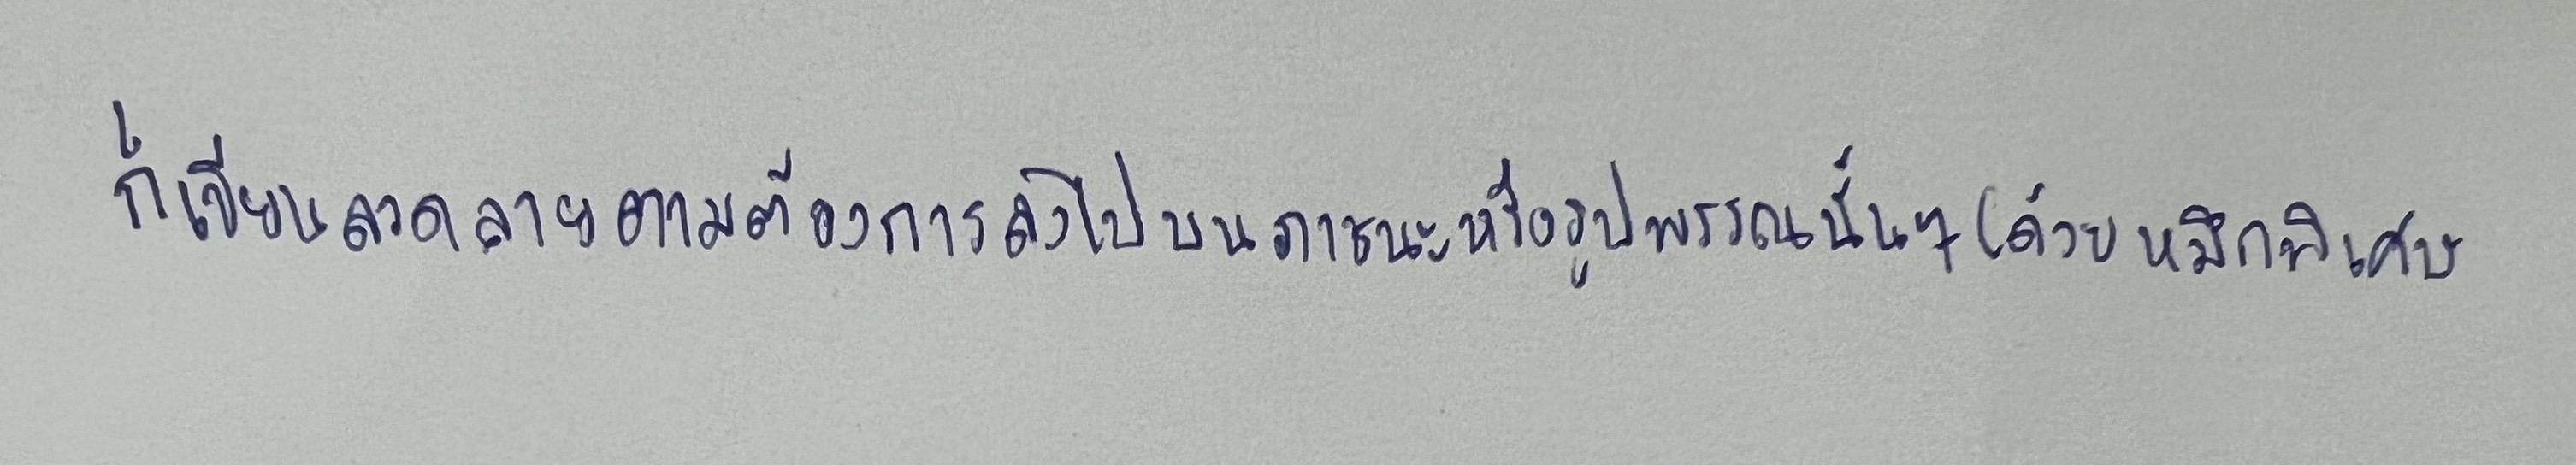
ก็เขียนลวดลายตามต้องการลงไปบนภาชนะหรือรูปพรรณนั้นๆ(ด้วยหมึกพิเศษ